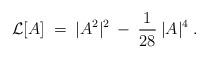
LaTeX: \begin{align*}{\cal{L}}[A] \;=\; |A^2|^2 \:-\: \frac{1}{28} \:|A|^4 \;. \end{align*}